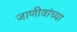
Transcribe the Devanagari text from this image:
जाणीवांच्या